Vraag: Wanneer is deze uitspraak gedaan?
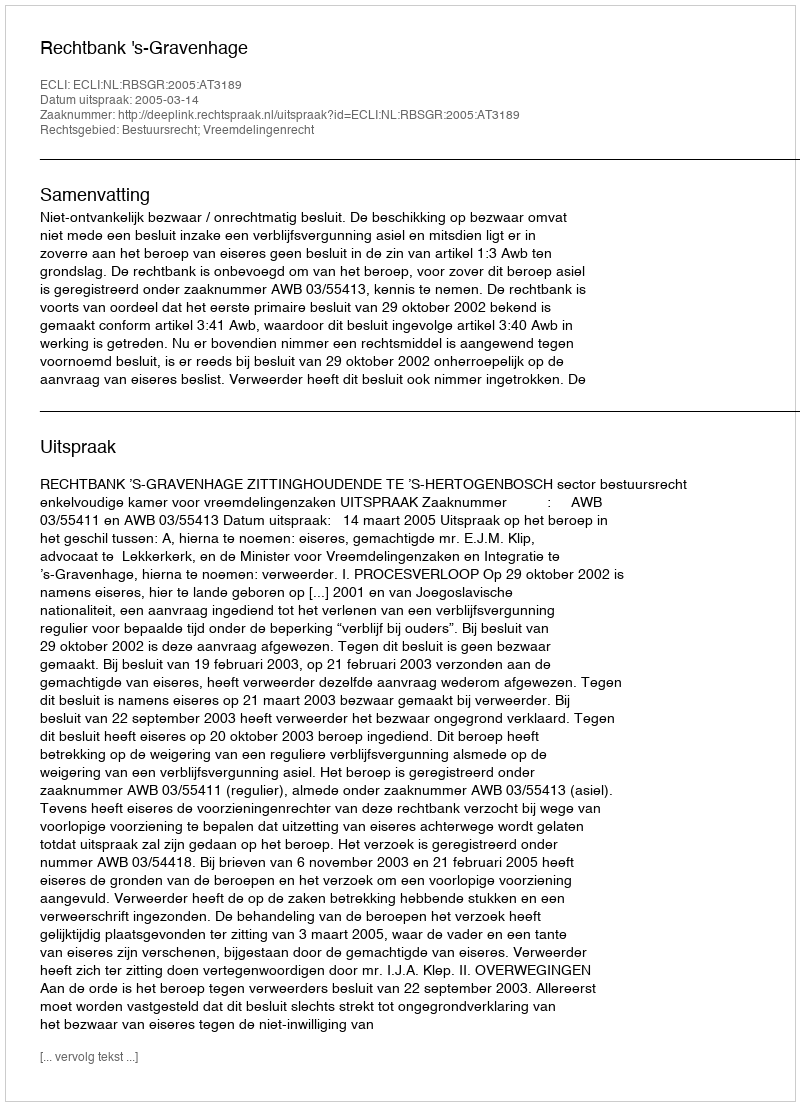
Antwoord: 2005-03-14